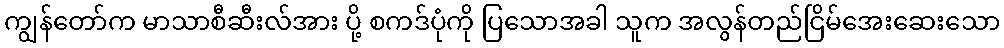
ကျွန်တော်က မာသာစီဆီးလ်အား ပို့ စကဒ်ပုံကို ပြသောအခါ သူက အလွန်တည်ငြိမ်အေးဆေးသော